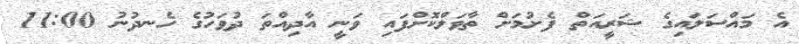
އެ މައްސަލައިގެ ޝަރީއަތް ފެށުމަށް ތާވަލްކޮށްފައި ވަނީ އާދިއްތަ ދުވަހުގެ ހެނދުނު 11:00